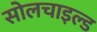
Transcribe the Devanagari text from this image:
सोलचाइल्ड